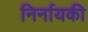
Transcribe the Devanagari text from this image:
निर्नायकी